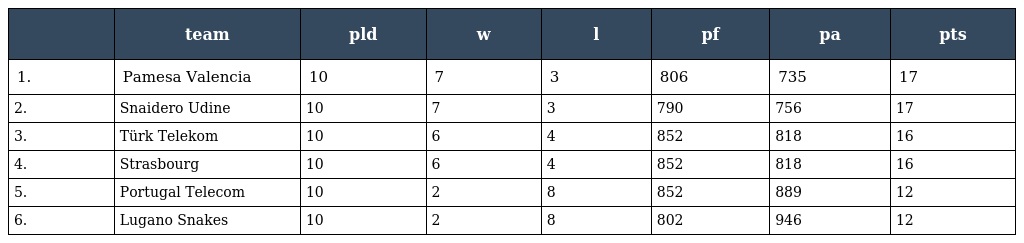
|  | team | pld | w | l | pf | pa | pts |
 | --- | --- | --- | --- | --- | --- | --- | --- |
 | 1. | Pamesa Valencia | 10 | 7 | 3 | 806 | 735 | 17 |
 | 2. | Snaidero Udine | 10 | 7 | 3 | 790 | 756 | 17 |
 | 3. | Türk Telekom | 10 | 6 | 4 | 852 | 818 | 16 |
 | 4. | Strasbourg | 10 | 6 | 4 | 852 | 818 | 16 |
 | 5. | Portugal Telecom | 10 | 2 | 8 | 852 | 889 | 12 |
 | 6. | Lugano Snakes | 10 | 2 | 8 | 802 | 946 | 12 |